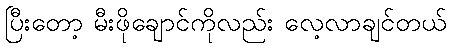
ပြီးတော့ မီးဖိုချောင်ကိုလည်း လေ့လာချင်တယ်